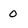
Character: o